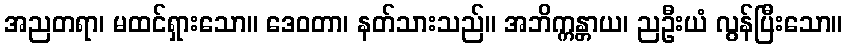
အညတရာ၊ မထင်ရှားသော။ ဒေဝတာ၊ နတ်သားသည်။ အဘိက္ကန္တာယ၊ ညဦးယံ လွန်ပြီးသော။